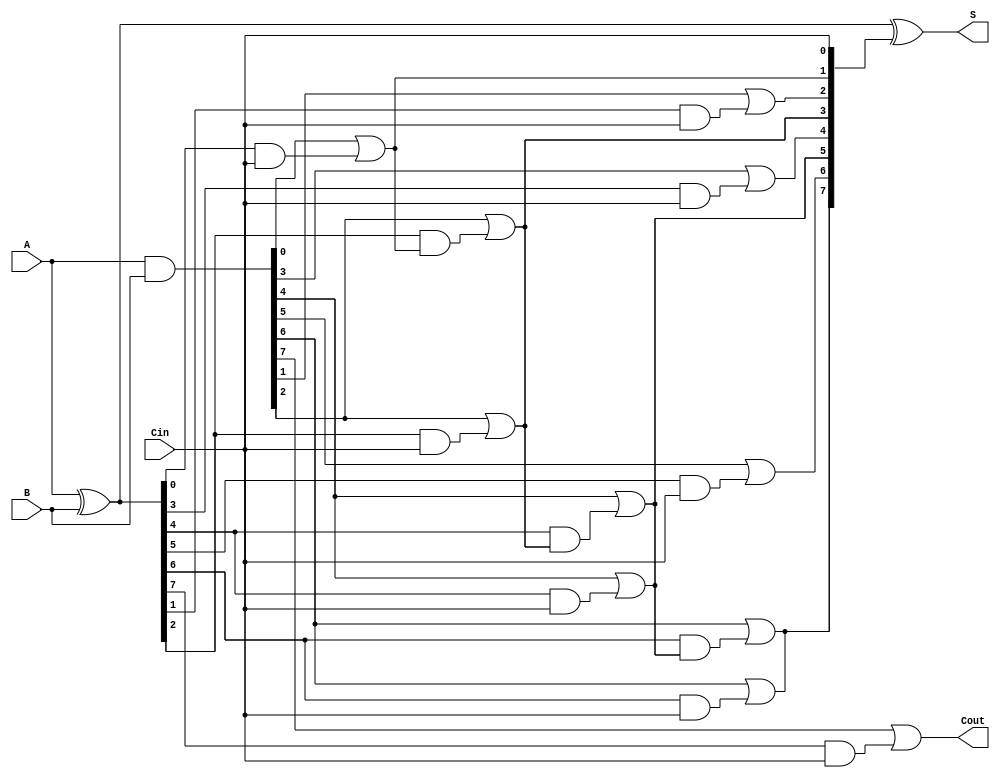
module brent_kung_adder #(parameter N = 8) (
    input [N-1:0] A,       // First n-bit input
    input [N-1:0] B,       // Second n-bit input
    input Cin,             // Carry input
    output [N-1:0] S,      // n-bit sum output
    output Cout            // Carry output
);

    wire [N-1:0] G;  // Generate signals
    wire [N-1:0] P;  // Propagate signals
    wire [N:0] C;    // Carry signals, C[0] = Cin, C[N] = Cout

    // Generate and propagate signals
    assign G = A & B; // Generate
    assign P = A ^ B; // Propagate

    // Carry generation (Brent-Kung)
    assign C[0] = Cin; // C[0] is initialized with Cin

    // Level 1 of the carry tree
    genvar i;
    generate
        for (i = 0; i < N; i = i + 1) begin : level1
            if (i == 0) begin
                assign C[1] = G[0] | (P[0] & C[0]); // C[1]
            end else begin
                assign C[i + 1] = G[i] | (P[i] & C[0]); // C[2] to C[N]
            end
        end
    endgenerate

    // Level 2 of the carry tree
    generate
        for (i = 1; i < N; i = i + 2) begin : level2
            assign C[i + 2] = G[i + 1] | (P[i + 1] & C[i]); // C[3] to C[N+1]
        end
    endgenerate
    
    // Level 3 and further levels can be designed similarly depending on the scaling requirements
    
    // Final carry outputs (C[N] as Cout)
    assign Cout = C[N];

    // Sum calculation
    assign S = P ^ C[N-1:0]; // Sum calculation

endmodule